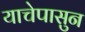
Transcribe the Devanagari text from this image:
याचेपासुन